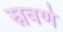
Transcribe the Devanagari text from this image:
स्रवणे